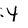
Character: Y